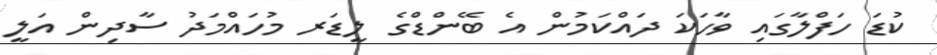
ކުޑަ ހަފްލާގައި ވާހަކަ ދައްކަމުން އެ ބޭންޑްގެ ލީޑަރ މުހައްމަދު ސާދިން އަލީ